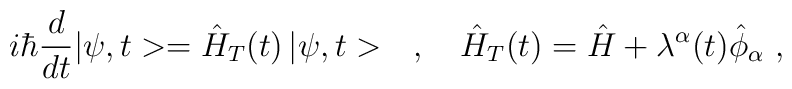
i\hbar\frac{d}{dt}|\psi,t>=\hat{H}_T(t)\,|\psi,t>\ \ \ ,\ \ \ \hat{H}_T(t)=\hat{H}+\lambda^\alpha(t)\hat{\phi}_\alpha\ ,